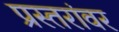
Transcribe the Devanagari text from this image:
प्रस्तरांवर